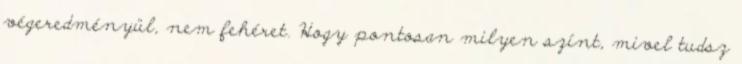
végeredményül, nem fehéret. Hogy pontosan milyen színt, mivel tudsz